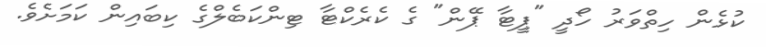
ކުޅެން ހިތްވަރު ހޯދީ "ޕީޓާ ޕޭން" ގެ ކެރެކްޓާ ޓިންކަބެލްގެ ކިބައިން ކަމަށެވެ.